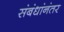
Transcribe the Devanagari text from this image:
संबंधांनंतर